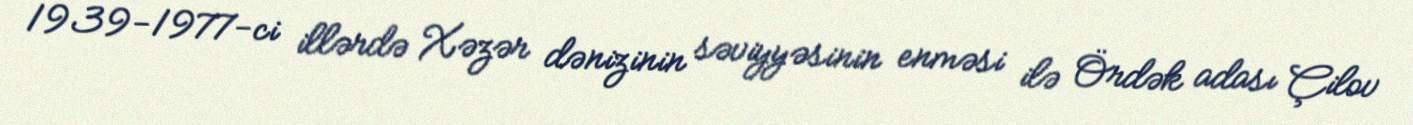
1939-1977-ci illərdə Xəzər dənizinin səviyyəsinin enməsi ilə Ördək adası Çilov